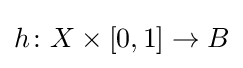
h\colon X\times [0,1]\to B